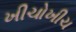
ખીચોખીચ